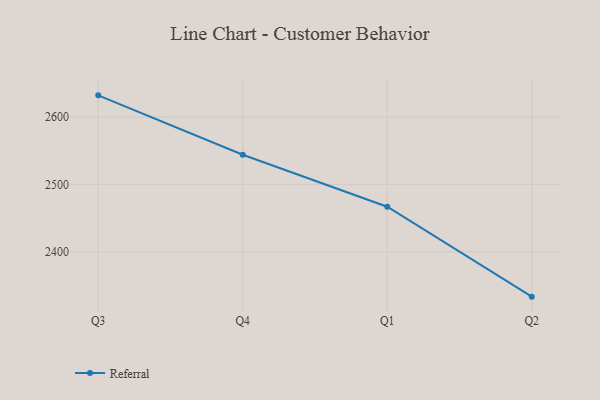
{"axis": {"x": "Quarter", "y": "Population (Million)"}, "legend": ["Referral"], "data": [{"x": "Q3", "y": 2632.1, "type": "Referral"}, {"x": "Q4", "y": 2544.0, "type": "Referral"}, {"x": "Q1", "y": 2466.9, "type": "Referral"}, {"x": "Q2", "y": 2333.5, "type": "Referral"}]}